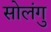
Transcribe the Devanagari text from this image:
सोलंगु